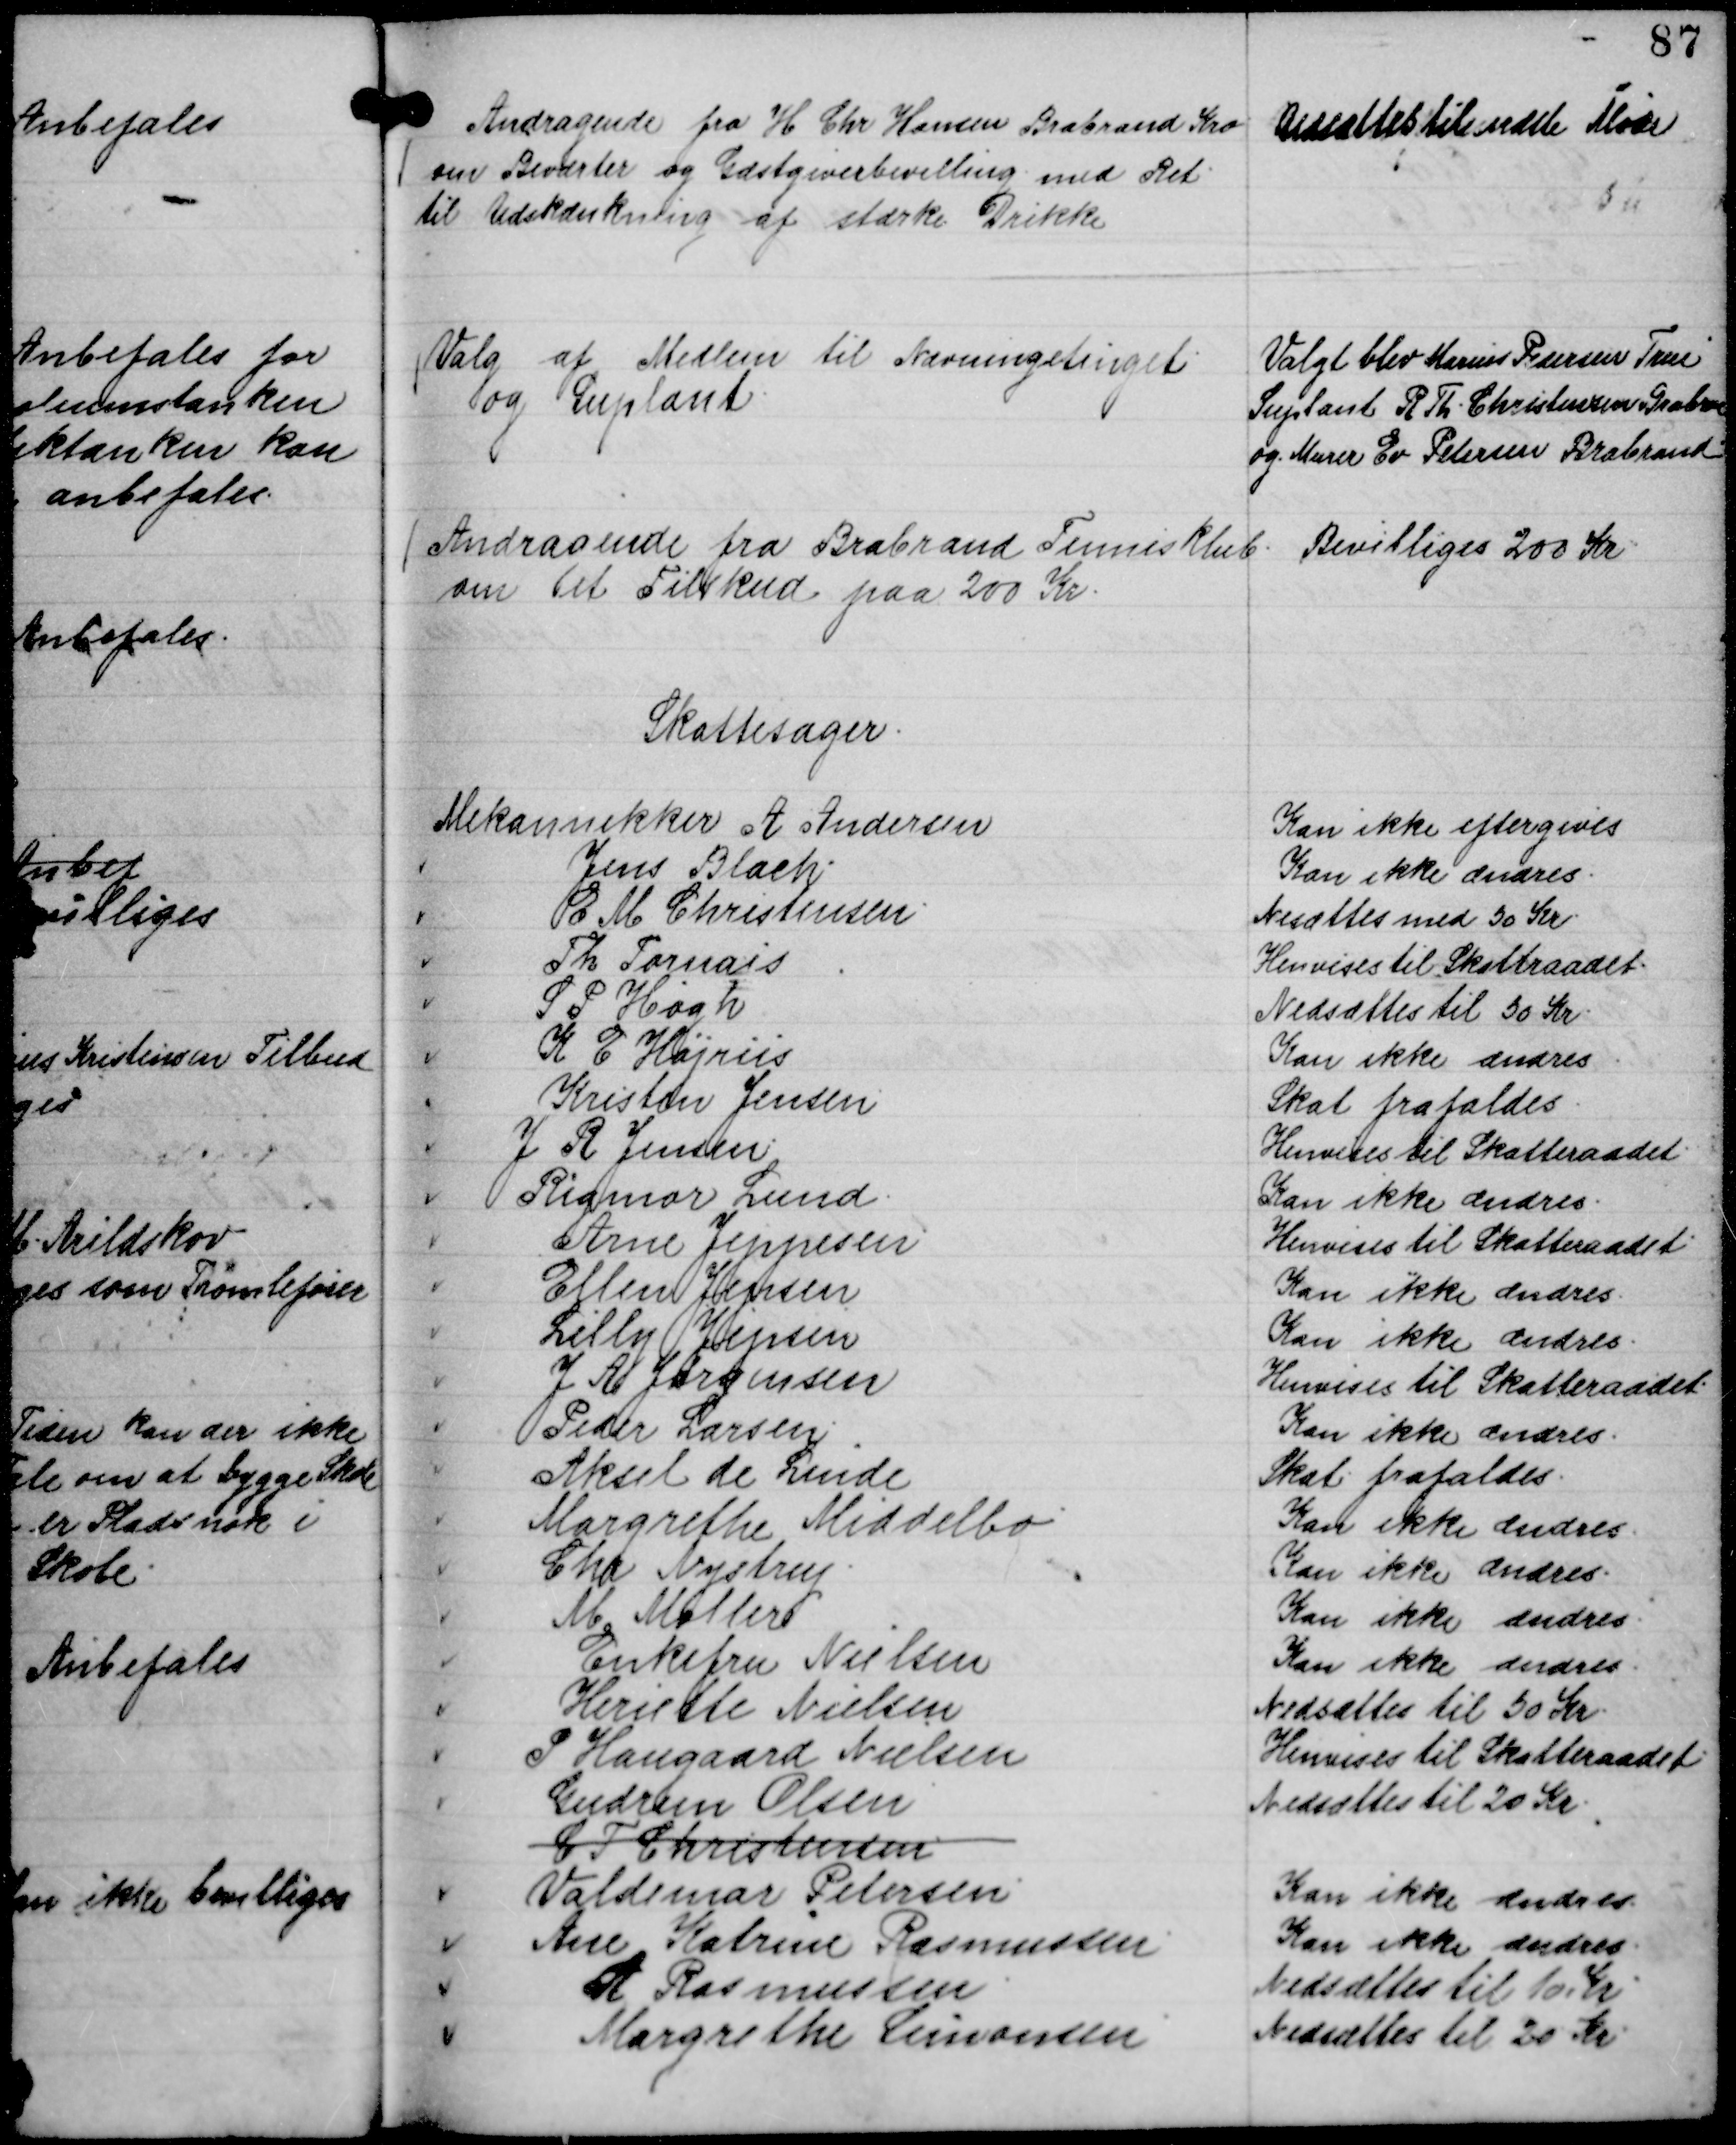
Transskription:
Andragende fra H Chr Hansen Brabrand Kro
om Beværter og Gæstgiverbevilling med Ret
til Udskænkning af stærke Drikke

Udsættes til næste Møde

Valg af Medlem til Nævningetinget
og Suplant.

Valgt blev Marius Pedersen True
Suplant R Th. Christensen Brabrand
og Murer Ev Petersen Brabrand

Andragende fra Brabrand Tennisklub .
om et Tilskud paa 200 Kr.

Bevilliges 200 Kr

Skattesager.
Mekannikker A Andersen
Kan ikke eftergives
Jens Blach.
Kan ikke ændres.
E M Christensen.
Nedsættes med 50 Kr.
Th Fornais
Henvises til Skatteraadet.
S P Høgh
Nedsættes til 50 Kr.
K E Højriis
Kan ikke ændres.
Kristen Jensen
Skat frafaldes.
J R Jensen.
Henvises til Skatteraadet.
Rigmor Lund.
Kan ikke ændres.
Arne Jeppesen
Henvises til Skatteraadet.
Ellen Jensen
Kan ikke ændres.
Lilly Jepsen
Kan ikke ændres.
J A Jørgensen
Henvises til Skatteraadet.
Peder Larsen.
Kan ikke ændres.
Aksel de Linde
Skat frafaldes.
Margrethe Middelbo.
Kan ikke ændres.
Chr Nystrup.
Kan ikke ændres.
M Mattero
Kan ikke ændres.
Enkefru Nielsen
Kan ikke ændres.
Heriette Nieldsen
Nedsættes til 50 Kr.
P. Haugaard Nielsen
Henvises til Skatteraadet
Gudrun Olsen
Nedsættes til 20 Kr.
C T Christensen.
Valdemar Petersen.
Kan ikke ændres.
Ane Katrine Rasmussen.
Kan ikke ændres.
A Rasmussen.
Nedsættes til 10 Kr.
Margrethe Levivansen
Nedsættes til 20 Kr.